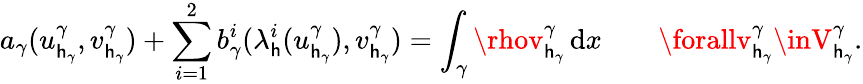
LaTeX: a_{\gamma}(u_{\mathsf{h}_{\gamma}}^{\gamma},v_{\mathsf{h}_{\gamma}}^{\gamma})+\sum_{i=1}^{2}b_{\gamma}^{i}(\lambda_{\mathsf{h}}^{i}(u_{\mathsf{h}_{\gamma}}^{\gamma}),v_{\mathsf{h}_{\gamma}}^{\gamma})=\int_{\gamma}\rhov_{\mathsf{h}_{\gamma}}^{\gamma}\, \mathrm{d}x\qquad\forallv_{\mathsf{h}_{\gamma}}^{\gamma}\inV_{\mathsf{h}_{\gamma}}^{\gamma}.